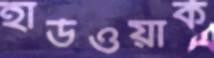
হার্ডওয়ার্ক